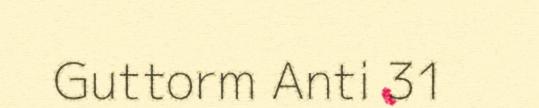
Guttorm Anti 31